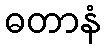
ဓတာနံ